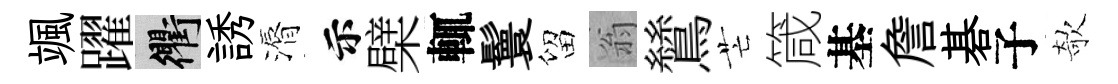
颯躍衢誘漘示檗輒鬟留翁鷥芒箴基詹碁子欹